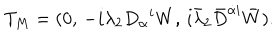
T _ { M } = ( 0 , \, - i \lambda _ { 2 } D _ { \alpha } { } ^ { i } W , \, i \bar { \lambda } _ { 2 } \bar { D } ^ { \dot { \alpha } i } \bar { W } ) .